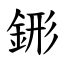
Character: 䤯